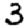
Digit: 3